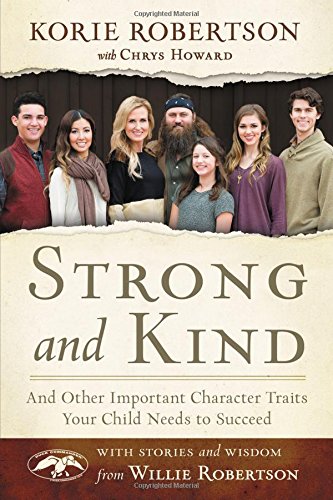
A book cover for Strong and Kind: And Other Important Character Traits Your Child Needs to Succeed; Korie Robertson; Christian Books & Bibles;